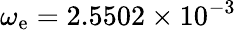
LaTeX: \omega_{\mathrm{e}}=2.5502\times 10^{-3}